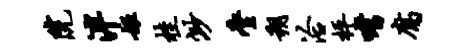
院泮姬桂渺麈朔洽枰嗜腐